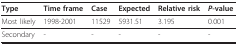
<table><thead><tr><td><b>Type</b></td><td><b>Time frame</b></td><td><b>Case</b></td><td><b>Expected</b></td><td><b>Relative risk</b></td><td><b><i>P</i>-value</b></td></tr></thead><tbody><tr><td>Most likely</td><td>1998-2001</td><td>11529</td><td>5931.51</td><td>3.195</td><td>0.001</td></tr><tr><td>Secondary</td><td>-</td><td>-</td><td>-</td><td>-</td><td>-</td></tr></tbody></table>